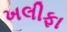
ખલીફા